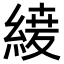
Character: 𮈦